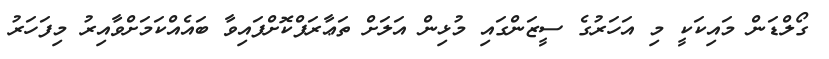
ގޯލްޑަން މައިކަކީ މި އަހަރުގެ ސީޒަންގައި މުޅިން އަލަށް ތަޢާރަފްކޮށްފައިވާ ބައެއްކަމަށްވާއިރު މިފަހަރު